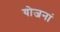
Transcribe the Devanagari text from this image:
योजनां